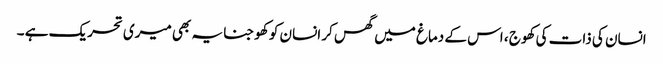
انسان کی ذات کی کھوج ، اس کے دماغ میں گھس کر انسان کو کھوجنا یہ بھی میری تحریک ہے ۔